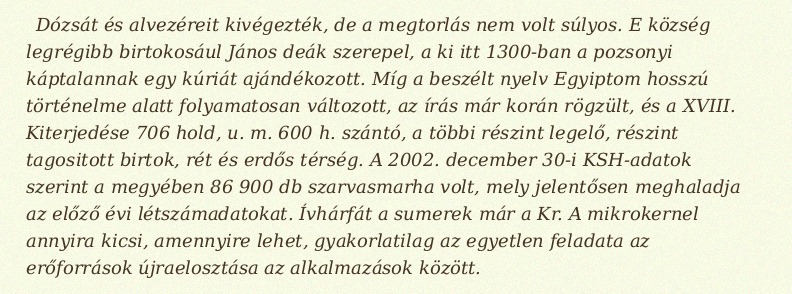
Dózsát és alvezéreit kivégezték, de a megtorlás nem volt súlyos. E község legrégibb birtokosául János deák szerepel, a ki itt 1300-ban a pozsonyi káptalannak egy kúriát ajándékozott. Míg a beszélt nyelv Egyiptom hosszú történelme alatt folyamatosan változott, az írás már korán rögzült, és a XVIII. Kiterjedése 706 hold, u. m. 600 h. szántó, a többi részint legelő, részint tagositott birtok, rét és erdős térség. A 2002. december 30-i KSH-adatok szerint a megyében 86 900 db szarvasmarha volt, mely jelentősen meghaladja az előző évi létszámadatokat. Ívhárfát a sumerek már a Kr. A mikrokernel annyira kicsi, amennyire lehet, gyakorlatilag az egyetlen feladata az erőforrások újraelosztása az alkalmazások között.